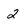
Character: 2